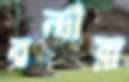
বন্দীরা